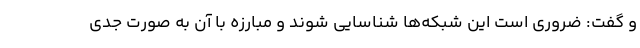
و گفت: ضروری است این شبکه‌ها شناسایی شوند و مبارزه با آن به صورت جدی